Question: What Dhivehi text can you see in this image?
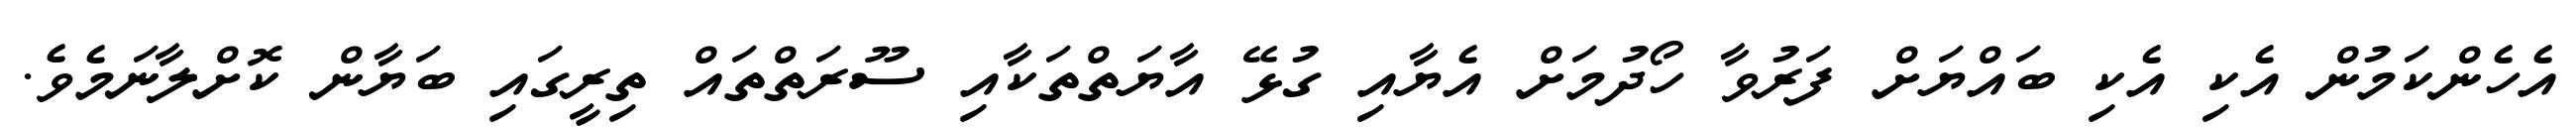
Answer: އެހެންކަމުން އެކި އެކި ބައްޔަށް ފަރުވާ ހޯދުމަށް އެޔާއި ގުޅޭ އާޔަތްތަކާއި ސޫރަތްތައް ތިރީގައި ބަޔާން ކޮށްލާނަމެވެ.